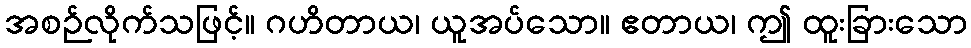
အစဉ်လိုက်သဖြင့်။ ဂဟိတာယ၊ ယူအပ်သော။ ဧတာယ၊ ဤ ထူးခြားသော